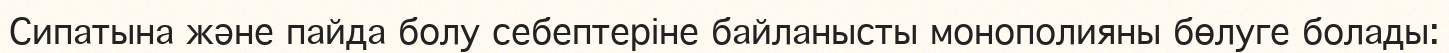
Сипатына және пайда болу себептеріне байланысты монополияны бөлуге болады: